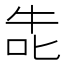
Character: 𭇤